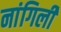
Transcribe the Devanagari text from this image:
नांगिली